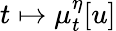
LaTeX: t\mapsto\mu_{t}^{\eta}[u]